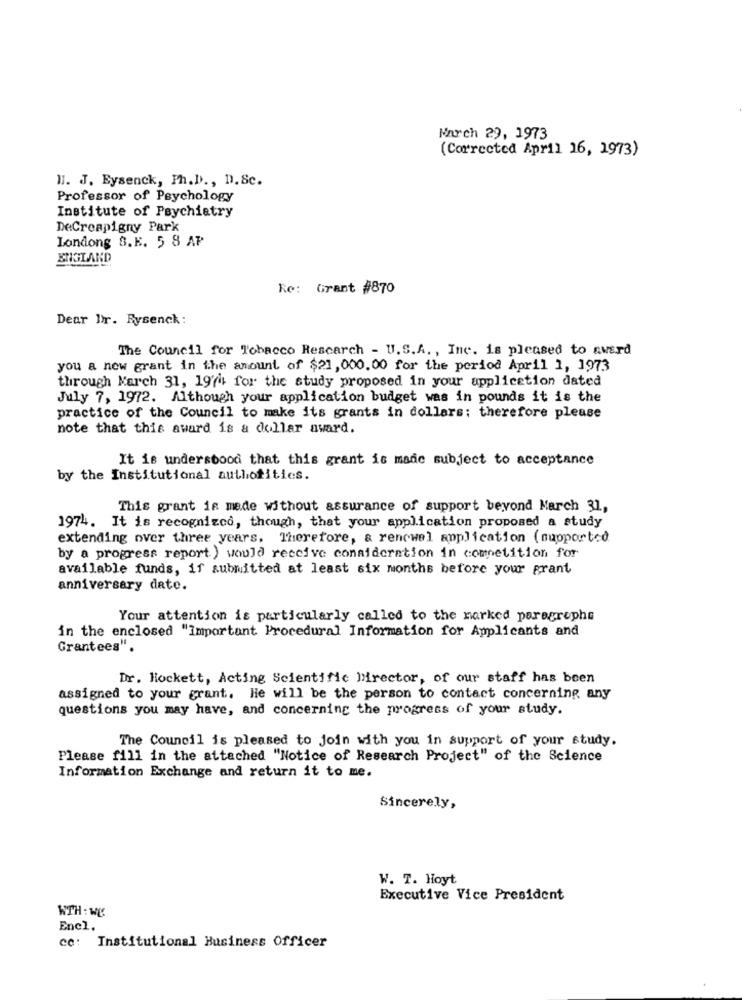
March 29, 1973
(Corrected April 16, 1973)
11. J. Eysenck, Ph.D ., D. Sc.
Professor of Psychology
Institute of Psychiatry
DeCreapigny Park
Londong S.E. 5 8 AP
ENGLAND
Re: Grant #870
Dear Dr. Eysenck :
The Council for Tobacco Research - U. S.A. , Inc. is pleased to award
you a new grant in the amount of $21,000.00 for the period April 1, 1973
through March 31, 1974. for the study proposed in your application dated
July 7, 1972. Although your application budget was in pounds it is the
practice of the Council to make its grants in dollars; therefore please
note that this award is a dollar award.
It is understood that this grant is made subject to acceptance
by the Institutional authorities.
This grant is made without assurance of support beyond March 31,
1974. It is recognizco, though, that your application proposed a study
extending over three years. Therefore, & rencwel application (supported
by a progress report ) would receive consideration in competition for
available funds, if submitted at least six months before your grant
anniversary date.
Your attention is particularly called to the marked paragrephs
in the enclosed "Important Procedural Information for Applicants and
Grantees".
Dr. Hockett, Acting Scientific director, of our staff has been
assigned to your grant. He will be the person to contact concerning any
questions you may have, and concerning the progress of your study.
The Council is pleased to join with you in support of your study.
Please fill in the attached "Notice of Research Project" of the Science
Information Exchange and return it to me.
Sincerely,
W. T. Hoyt
Executive Vice President
WTH : WE
Encl.
cc: Institutional Business Officer